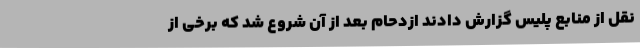
نقل از منابع پلیس گزارش دادند ازدحام بعد از آن شروع شد که برخی از